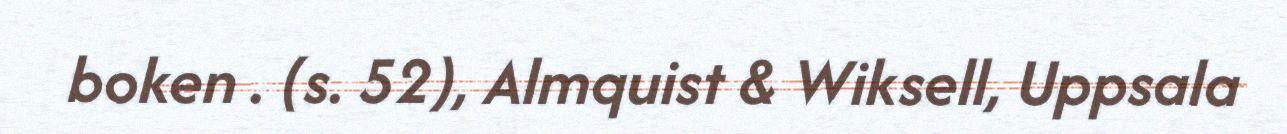
boken . (s. 52), Almquist & Wiksell, Uppsala